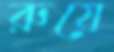
রুয়ে